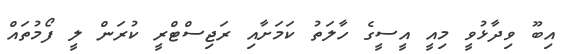
އިބޫ ވިދާޅުވީ މިއީ އީސީގެ ހާލަތު ކަމަށާއި ރަޖިސްޓްރީ ކުރަން ލީ ފޯމުތައް